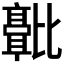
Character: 𬆻